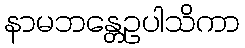
နာမဘန္တေဥပါသိကာ